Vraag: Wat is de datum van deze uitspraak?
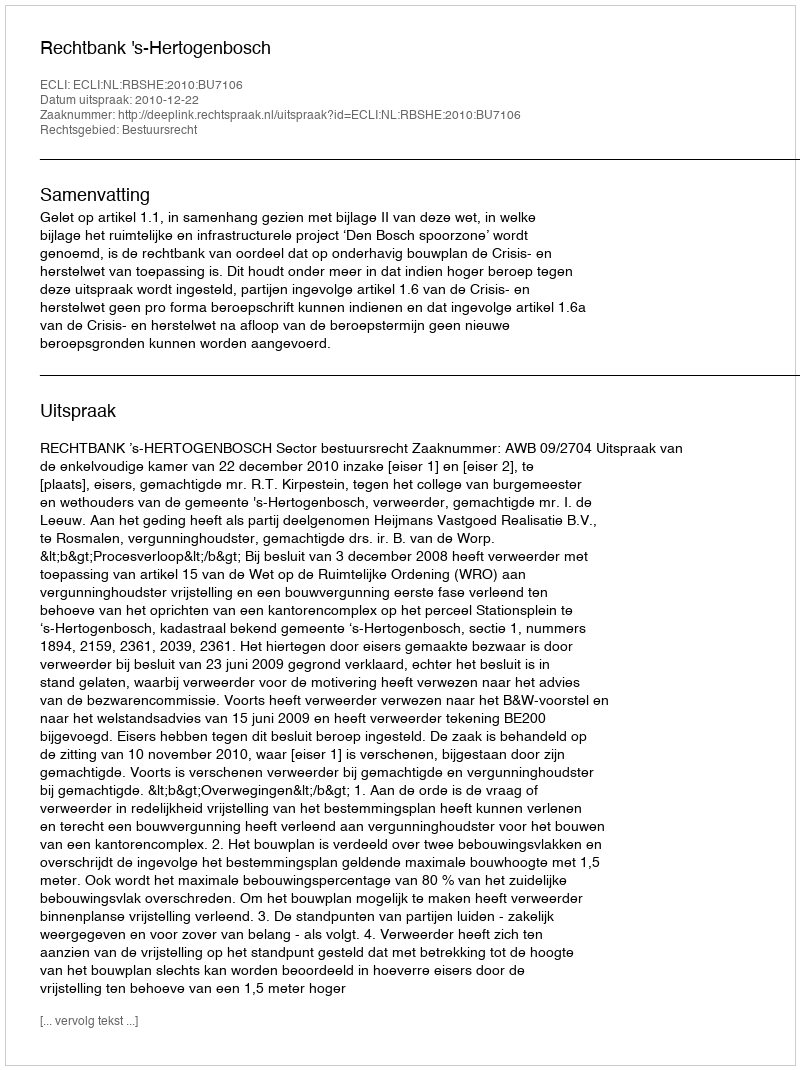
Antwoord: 2010-12-22